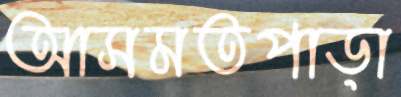
আসমতপাড়া